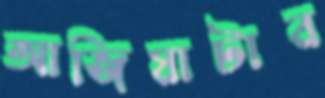
আজিয়াটার